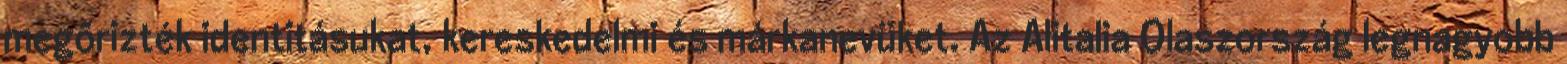
megőrizték identitásukat, kereskedelmi és márkanevüket. Az Alitalia Olaszország legnagyobb